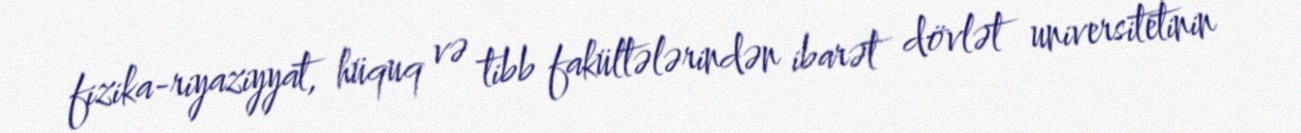
fizika-riyaziyyat, hüquq və tibb fakültələrindən ibarət dövlət universitetinin